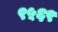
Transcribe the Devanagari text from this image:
९५६९